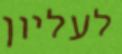
לעליון